Lunatic asylums in Bengal annual reports 1899-1911 - 1899-1911
Year: 1899
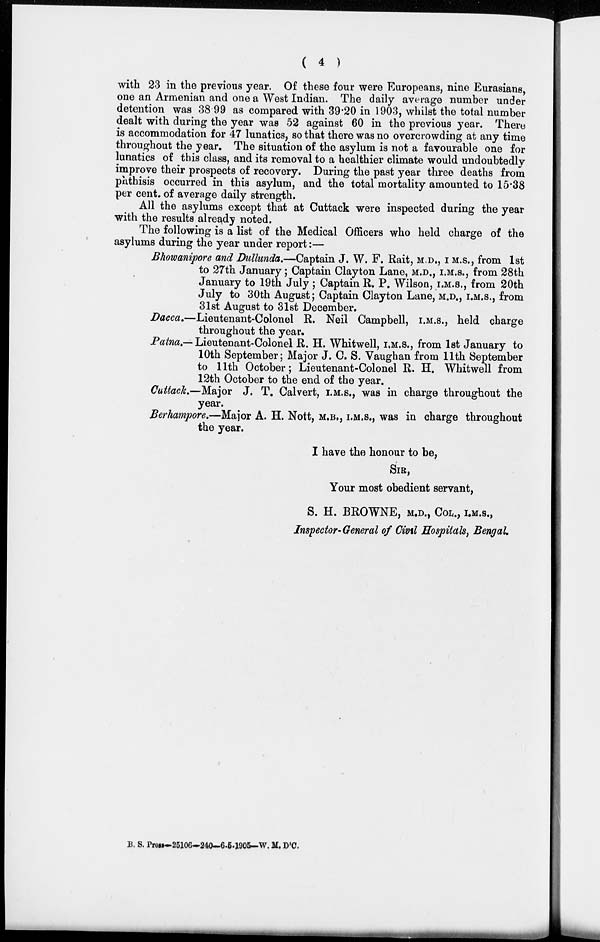
( 4 )
with 23 in the previous year. Of these four were Europeans, nine Eurasians,
one an Armenian and one a West Indian. The daily average number under
detention was 38.99 as compared with 39.20 in 1903, whilst the total number
dealt with during the year was 52 against 60 in the previous year. There
is accommodation for 47 lunatics, so that there was no overcrowding at any time
throughout the year. The situation of the asylum is not a favourable one for
lunatics of this class, and its removal to a healthier climate would undoubtedly
improve their prospects of recovery. During the past year three deaths from
phthisis occurred in this asylum, and the total mortality amounted to 15.38
per cent. of average daily strength.
All the asylums except that at Cuttack were inspected during the year
with the results already noted.
The following is a list of the Medical Officers who held charge of the
asylums during the year under report:—
Bhowanipore and Dullunda.—Captain J. W. F. Rait, M.D., I. M. S., from 1st
to 27th January; Captain Clayton Lane, M.D., I. M. S., from 28th
January to 19th July ; Captain R. P. Wilson, I. M. S., from 20th
July to 30th August; Captain Clayton Lane, M.D., I. M .S., from
31st August to 31st December.
Dacca.—Lieutenant-Colonel R. Neil Campbell, I. M. S., held charge
throughout the year.
Patna.— Lieutenant-Colonel R. H. Whitwell, I. M. S., from 1st January to
10th September; Major J. C. S. Vaughan from 11th September
to 11th October; Lieutenant-Colonel R. H. Whitwell from
12th October to the end of the year.
Cuttack.—Major J. T. Calvert, I.M.S., was in charge throughout the
year.
Berhampore.—Major A. H. Nott, M.B., I.M.S., was in charge throughout
the year.
I have the honour to be,
SIR,
Your most obedient servant,
S. H. BROWNE, M.D., COL., I.M.S.,
Inspector-General of Civil Hospitals, Bengal.
B. S. Press-25106—240—6-5-1905—W. M. D'C.